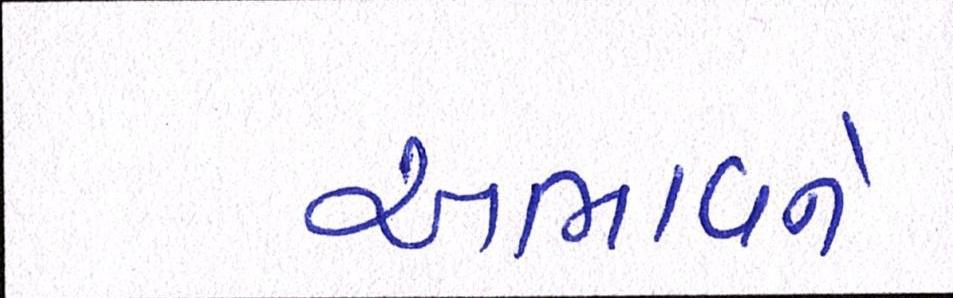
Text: અભાવને